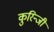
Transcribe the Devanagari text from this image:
कुरिन्‍जी